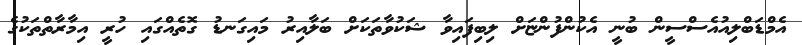
އެމްޑަބްލިއުއެސްސީން ބުނީ އެކުންފުންޏަށް ލިބިފައިވާ ޝަކުވާތަކަށް ބަލާއިރު މައިގަނޑު ގޮތެއްގައި ހުރީ އިމާރާތްތަކުގެ